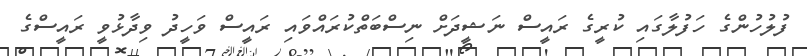
ފުލުހުންގެ ހަފުލާގައި ކުރީގެ ރައީސް ނަޝީދަށް ނިސްބަތްކުރައްވައި ރައީސް ވަހީދު ވިދާޅުވީ ރައީސްގެ